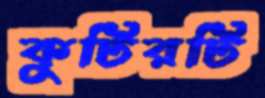
কুটিরটি